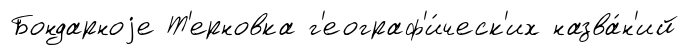
Бондарноjе Т'ерновка г'еограф'и́ческ'их назва́н'ий